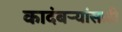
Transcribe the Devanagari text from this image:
कादंबऱ्यांसाठी